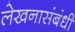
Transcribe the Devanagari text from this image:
लेखनासंबंधी